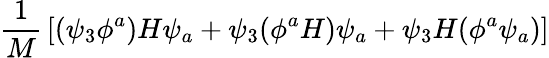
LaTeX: {\frac{1}{M}}\left[(\psi_{3}\phi^{a})H\psi_{a}+\psi_{3}(\phi^{a}H)\psi_{a}+\psi_{3}H(\phi^{a}\psi_{a})\right]